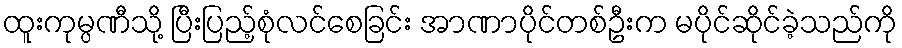
ထူးကုမ္ပဏီသို့ ပြီးပြည့်စုံလင်စေခြင်း အာဏာပိုင်တစ်ဦးက မပိုင်ဆိုင်ခဲ့သည်ကို